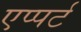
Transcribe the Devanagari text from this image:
एप्पर्ट